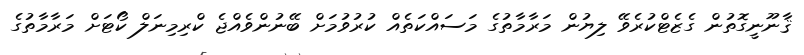
ޤާނޫނީގޮތުން ގެޒެޓްކުރެވޭ ލިޔުން މަރާމާތުގެ މަސައްކަތެއް ކުރުވުމަށް ބޭނުންވެއްޖެ ކްރިމިނަލް ކޯޓަށް މަރާމާތުގެ